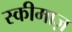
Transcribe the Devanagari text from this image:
स्कीमाज़